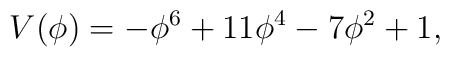
V(\phi)=-\phi^6+11\phi^4-7\phi^2+1,